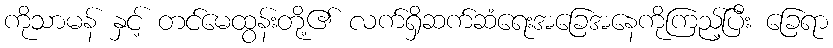
ကိုသာမန် နှင့် တင်မေထွန်းတို့၏ လက်ရှိဆက်ဆံရေးအခြေအနေကိုကြည့်ပြီး ခြေရာ